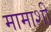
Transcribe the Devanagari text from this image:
मामाशी